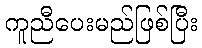
ကူညီပေးမည်ဖြစ်ပြီး